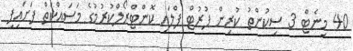
40 މިނެޓް 3 ސިކުންތު ކުރިން ފުރުޓް ފްލައި ކޮންޓްރޯލްކުރުމުގެ މަސައްކަތް ފަށައިފި